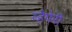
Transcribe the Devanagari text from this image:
व्हेपेरी